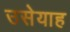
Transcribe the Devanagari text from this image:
उसेयाह